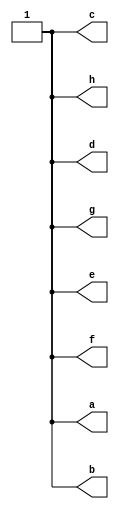
// Note: case_expr_{,non_}const.v should be modified in tandem to ensure both
// the constant and non-constant case evaluation logic is covered
module case_expr_const_top(
	// expected to output all 1s
    output reg a, b, c, d, e, f, g, h
);
    initial begin
        case (2'b0)
            1'b0:    a = 1;
            default: a = 0;
        endcase
        case (2'sb11)
            2'sb01:  b = 0;
            1'sb1:   b = 1;
        endcase
        case (2'sb11)
            1'sb0:   c = 0;
            1'sb1:   c = 1;
        endcase
        case (2'sb11)
            1'b0:    d = 0;
            1'sb1:   d = 0;
            default: d = 1;
        endcase
        case (2'b11)
            1'sb0:   e = 0;
            1'sb1:   e = 0;
            default: e = 1;
        endcase
        case (1'sb1)
            1'sb0:   f = 0;
            2'sb11:  f = 1;
            default: f = 0;
        endcase
        case (1'sb1)
            1'sb0:   g = 0;
            3'b0:    g = 0;
            2'sb11:  g = 0;
            default: g = 1;
        endcase
        case (1'sb1)
            1'sb0:   h = 0;
            1'b1:    h = 1;
            3'b0:    h = 0;
            2'sb11:  h = 0;
            default: h = 0;
        endcase
    end
endmodule